65_HS1-834228961_62-HQ-83894_Section_6
Agency: FBI
Page 200
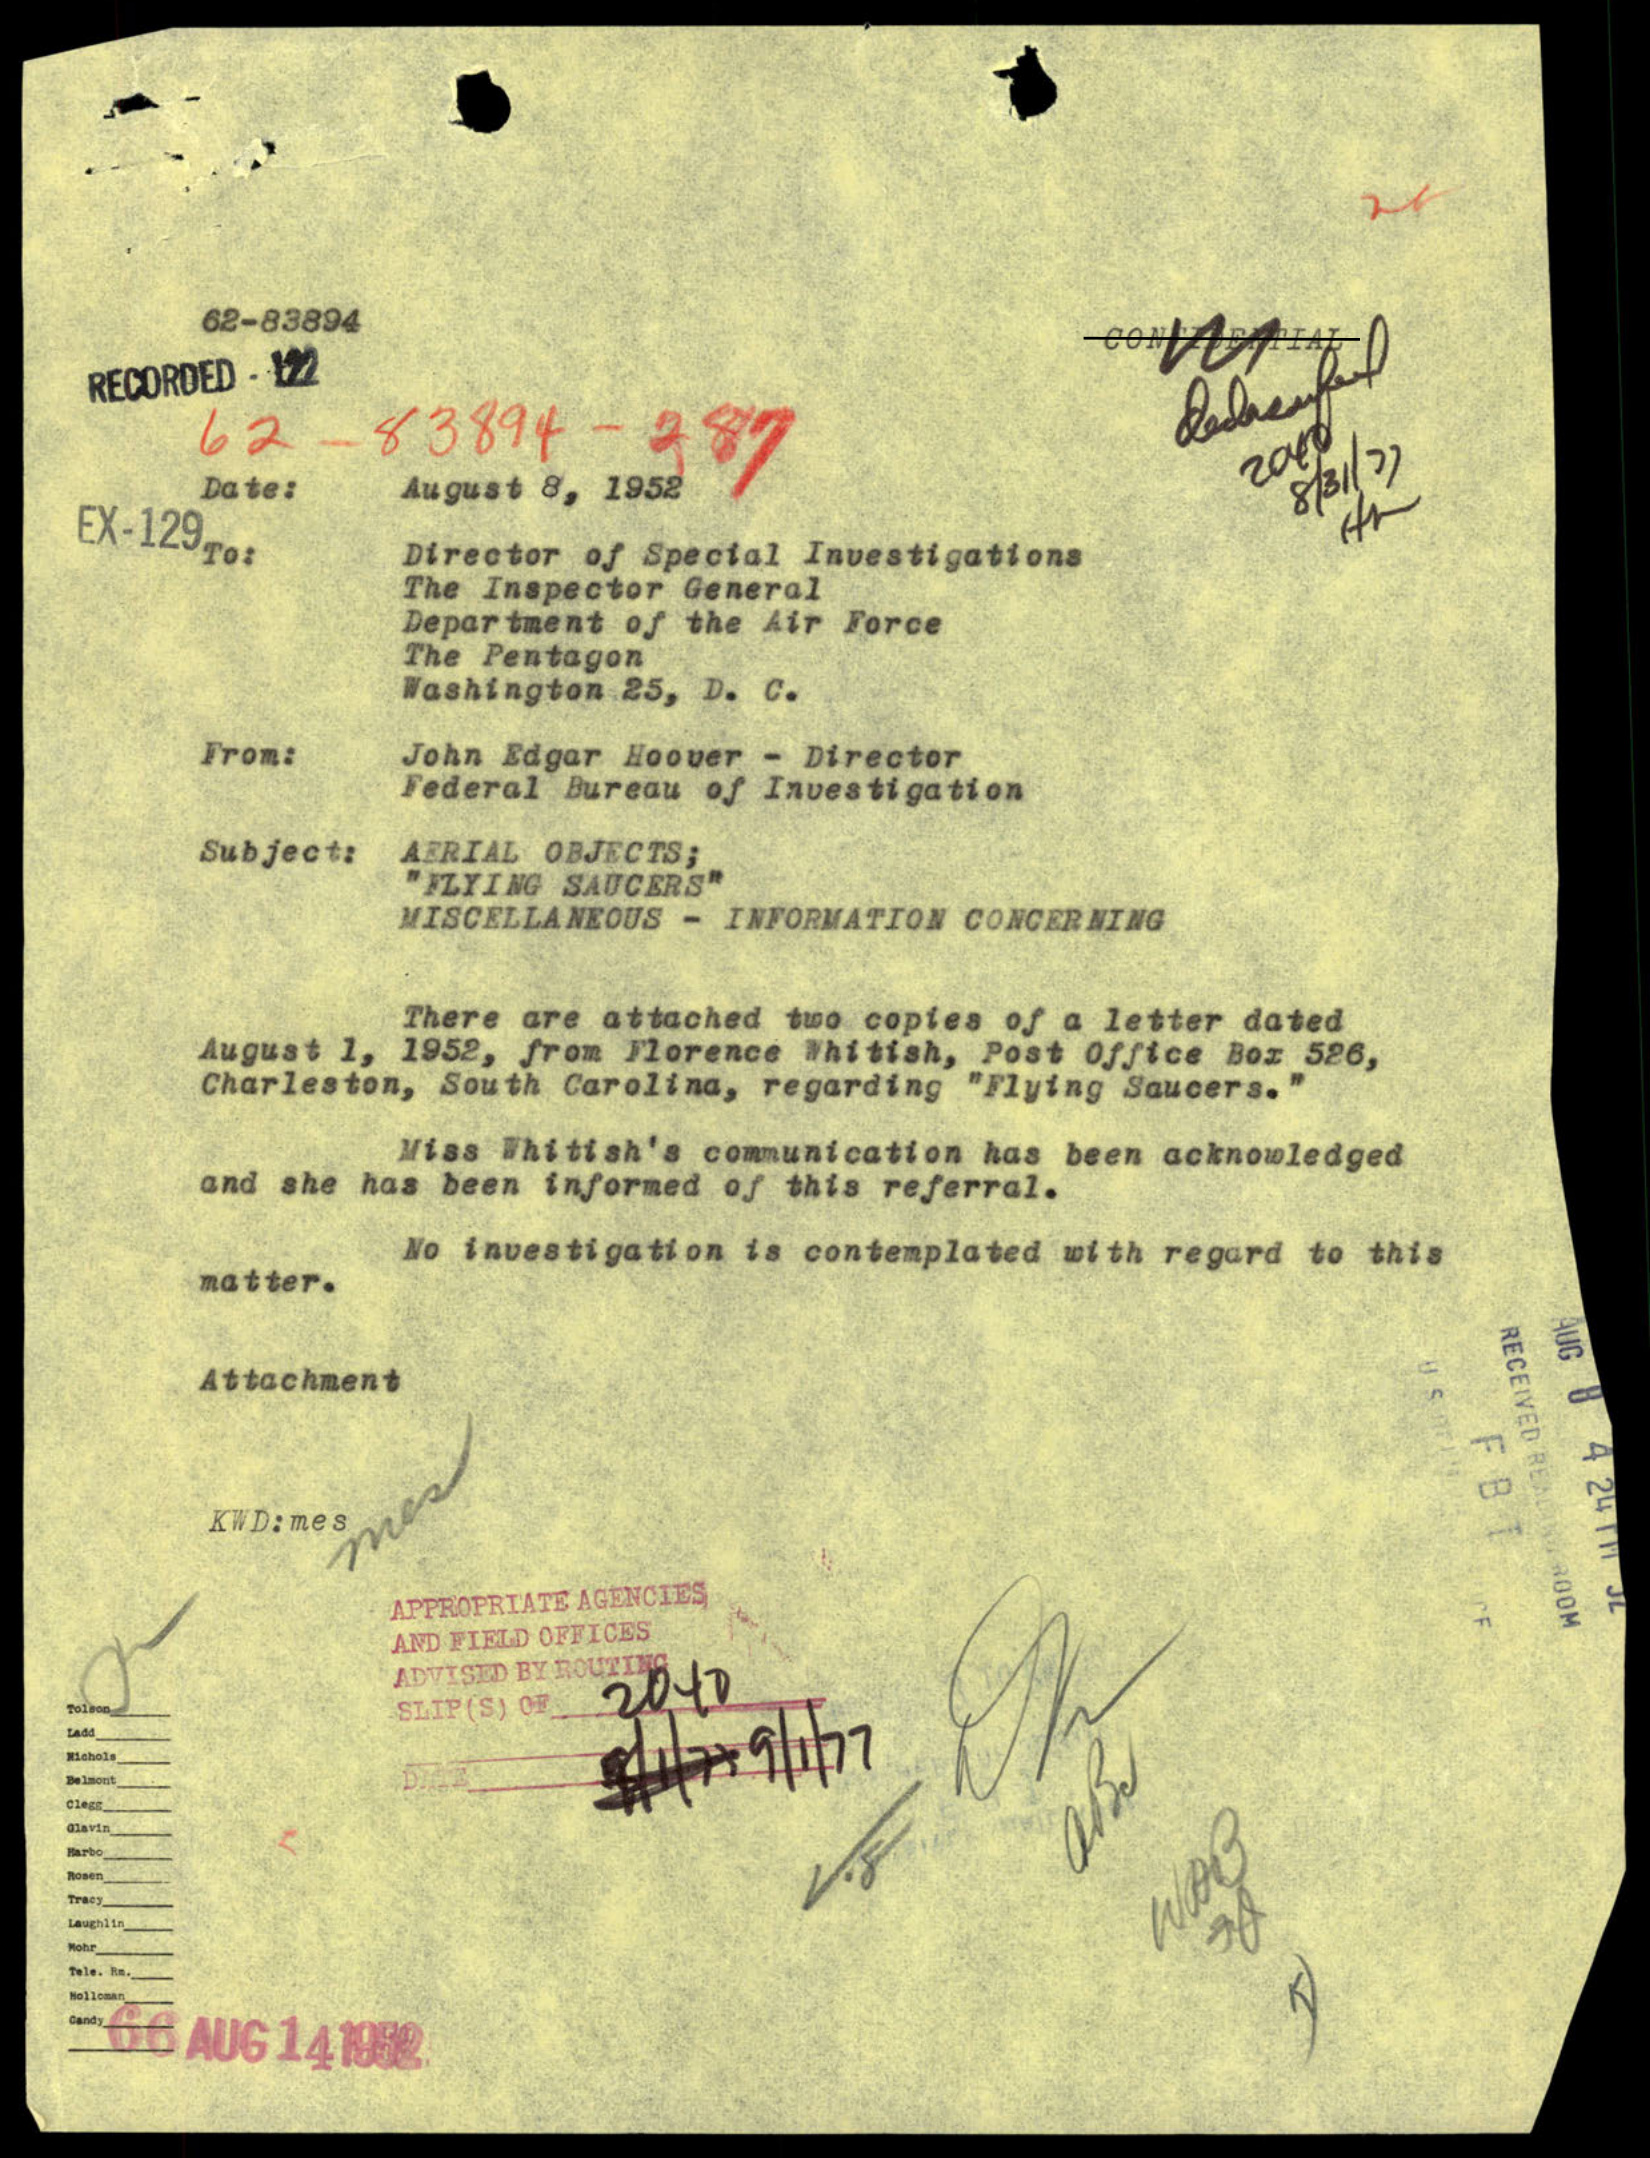